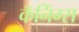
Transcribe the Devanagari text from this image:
कॅनिंग्स